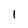
Character: 1